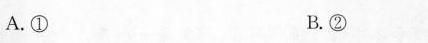
A.① B.②